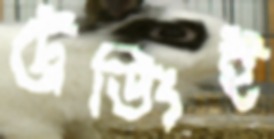
ট্রেডিংই